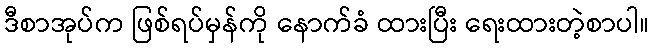
ဒီစာအုပ်က ဖြစ်ရပ်မှန်ကို နောက်ခံ ထားပြီး ရေးထားတဲ့စာပါ။